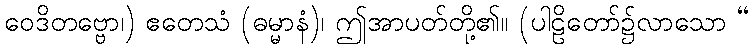
ဝေဒိတဗ္ဗော၊) ဧတေသံ (ဓမ္မာနံ)၊ ဤအာပတ်တို့၏။ (ပါဠိတော်၌လာသော “